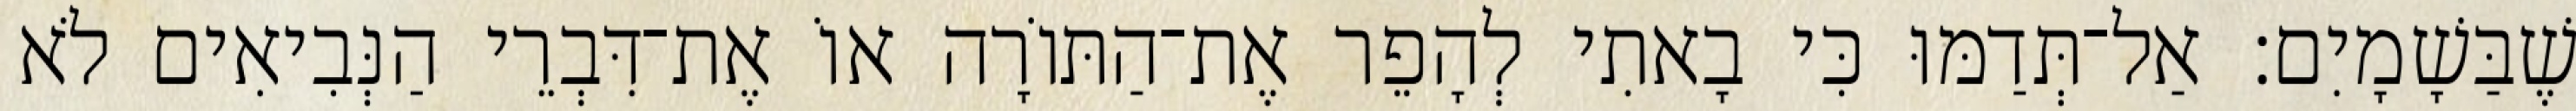
שֶׁבַּשָׁמָיִם׃ אַל־תְּדַמּוּ כִּי בָאתִי לְהָפֵר אֶת־הַתּוֹרָה אוֹ אֶת־דִּבְרֵי הַנְּבִיאִים לֹא